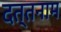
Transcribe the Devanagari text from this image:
दत्तनाम